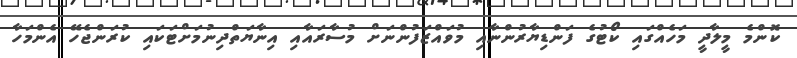
ކޮންމެ މީލާދީ މަހެއްގައި ކޯޓުގެ ފަންޑިޔާރުންނާއި މުވައްޒަފުންނަށް މުސާރައާއި އިނާޔަތްދިނުމަށްޓަކައި ކުރަންޖެހޭ އެންމަހާ